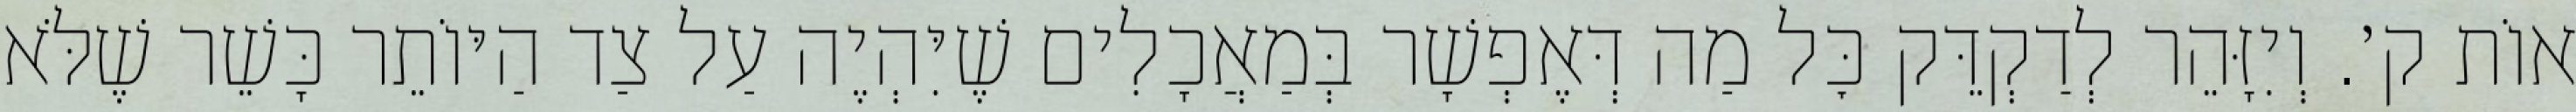
אוֹת ק׳. וְיִזָּהֵר לְדַקְדֵּק כׇּל מַה דְּאֶפְשָׁר בְּמַאֲכָלִים שֶׁיִּהְיֶה עַל צַד הַיּוֹתֵר כָּשֵׁר שֶׁלֹּא